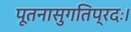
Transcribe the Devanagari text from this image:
पूतनासुगतिप्रदः।